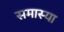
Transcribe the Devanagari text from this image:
समास्या